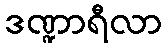
ဒဏ္ဍာရီလာ